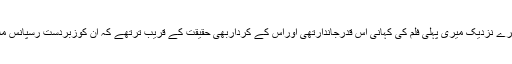
میرے نزدیک میری پہلی فلم کی کہانی اس قدرجاندارتھی اوراس کے کرداربھی حقیقت کے قریب ترتھے کہ ان کوزبردست رسپانس ملا۔